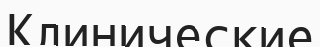
Клинические